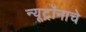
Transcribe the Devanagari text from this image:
न्यूट्रॉनाचे